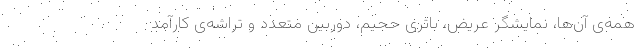
همه‌ی آن‌ها، نمایشگر عریض، باتری حجیم، دوربین متعدد و تراشه‌ی کارآمد